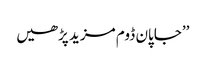
’’جاپان ڈوم مزید پڑھیں